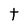
Character: t